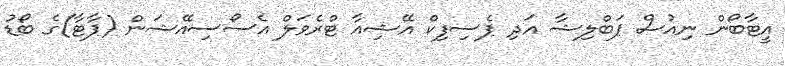
އީޓާބޯން ނިއުސް ޕަބްލިޝާ އަދި ޕެސިފިކް އޭޝިއާ ޓްރެވަލް އެސޯސިއޭޝަން (ޕާޓާ)ގެ ބޯޑު